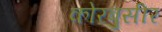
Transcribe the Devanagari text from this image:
कोरबुसीर